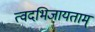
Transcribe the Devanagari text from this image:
त्वदभिजायताम्